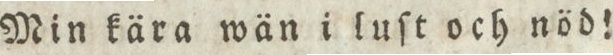
Min kära wän i luſt och nöd!